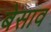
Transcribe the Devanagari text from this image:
बेसाव